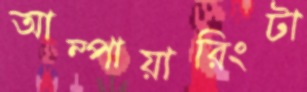
আম্পায়ারিংটা